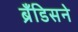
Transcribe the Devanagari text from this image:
ब्रँडिसने